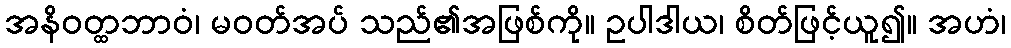
အနိဝတ္ထဘာဝံ၊ မဝတ်အပ် သည်၏အဖြစ်ကို။ ဥပါဒါယ၊ စိတ်ဖြင့်ယူ၍။ အဟံ၊